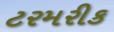
ટરમરીક